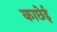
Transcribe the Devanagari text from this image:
काछेई